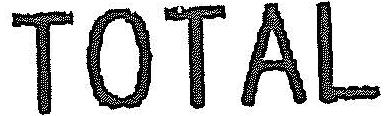
TOTAL